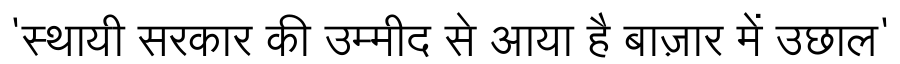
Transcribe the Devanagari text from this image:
'स्थायी सरकार की उम्मीद से आया है बाज़ार में उछाल'